Vaccination in Bombay 1924-1928 - 1924-1928
Year: 1924
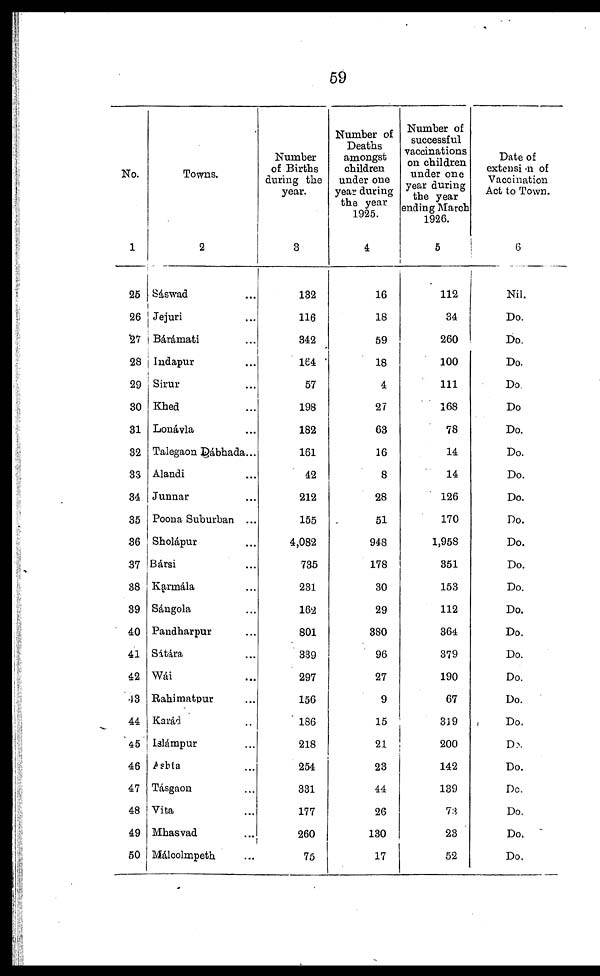
59
No.
1
25
26
27
28
29
30
31
32
33
34
35
36
37
38
39
40
41
42
43
44
45
46
47
48
49
50
Towns.
2
Sáswad ...
Jejuri ...
Bárámati ...
Indapur ...
Sirur ...
Khed ...
Lonávla ...
Talegaon Dábhada...
Alandi ...
Junnar ...
Poona Suburban ...
Sholápur ...
Bársi ...
Karmála ...
Sángola ...
Pandharpur ...
Sátára ...
Wái ...
Rahimatpur ...
Karád ...
Islámpur ...
Ashta ...
Tásgaon ...
Vita ...
Mhasvad ...
Málcolmpeth ...
Number
of Births
during the
year.
3
132
116
342
164
57
198
182
161
42
212
155
4,082
735
231
162
801
339
297
156
186
218
254
331
177
260
75
Number of
Deaths
amongst
children
under one
year during
the year
1925.
4
16
18
59
18
4
27
63
16
8
28
51
948
178
30
29
380
96
27
9
15
21
23
44
26
130
17
Number of
successful
vaccinations
on children
under one
year during
the year
ending March
1926.
5
112
34
260
100
111
168
78
14
14
126
170
1,958
351
153
112
364
379
190
67
319
200
142
139
73
23
52
Date of
extension of
Vaccination
Act to Town.
6
Nil.
Do.
Do.
Do.
Do.
Do.
Do.
Do.
Do.
Do.
Do.
Do.
Do.
Do.
Do.
Do.
Do.
Do.
Do.
Do.
Do.
Do.
Do.
Do.
Do.
Do.